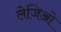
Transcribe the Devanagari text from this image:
लेजिओ